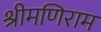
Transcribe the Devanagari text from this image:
श्रीमणिराम